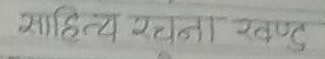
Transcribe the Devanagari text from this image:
साहित्य रचना स्पष्ट